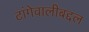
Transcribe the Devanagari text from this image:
टांगेवालीबद्दल